Civil Veterinary Dept. Bombay admin report 1932-41 - 1932-1941
Year: 1932
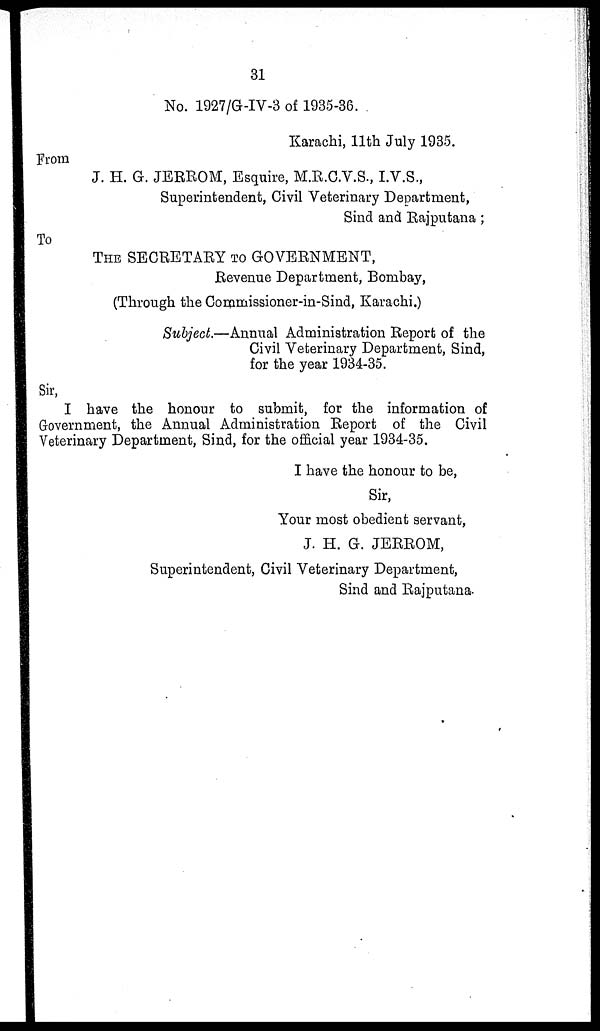
31
No. 1927/G-IV-3 of 1935-36.
Karachi, 11th July 1935.
From
J. H. G. JERROM, Esquire, M.R.C.V.S., I.V.S.,
Superintendent, Civil Veterinary Department,
Sind and Rajputana ;
To
THE SECRETARY TO GOVERNMENT,
Revenue Department, Bombay,
(Through the Commissioner-in-Sind, Karachi.)
Subject.—Annual Administration Report of the
Civil Veterinary Department, Sind,
for the year 1934-35.
Sir,
I have the honour to submit, for the information of
Government, the Annual Administration Report of the Civil
Veterinary Department, Sind, for the official year 1934-35.
I have the honour to be,
Sir,
Your most obedient servant,
J. H. G. JERROM,
Superintendent, Civil Veterinary Department,
Sind and Rajputana.